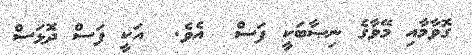
ގޮވާމާއި މޭވާގެ ނިޞާބަކީ ފަސް  އެވެ.  އަކީ ފަސް ދޮޅަސް